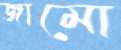
জামো